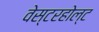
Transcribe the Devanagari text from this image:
वेस्टरहोल्ट